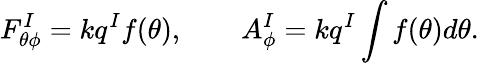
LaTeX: F_{\theta\phi}^{I}=kq^{I}f(\theta),\qquad A_{\phi}^{I}=kq^{I}\int f(\theta)d\theta.